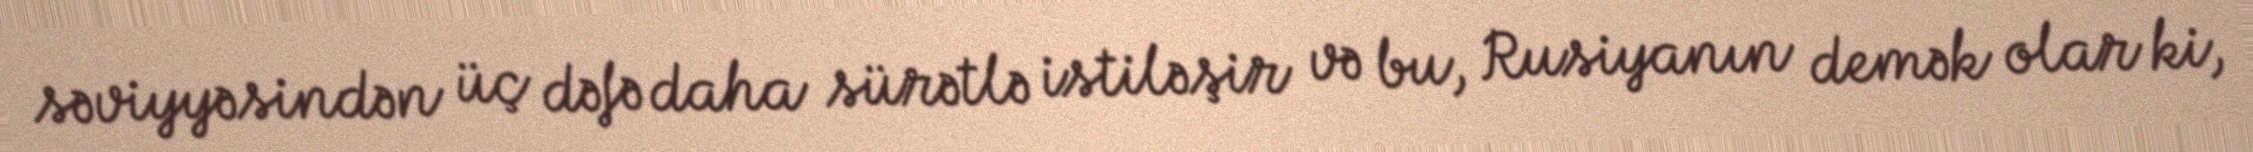
səviyyəsindən üç dəfə daha sürətlə istiləşir və bu, Rusiyanın demək olar ki,